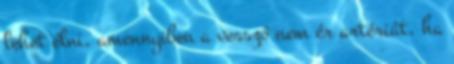
lehet élni, amennyiben a vessző nem ér artériát, ha